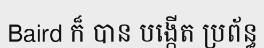
Baird ក៏ បាន បង្កើត ប្រព័ន្ធ